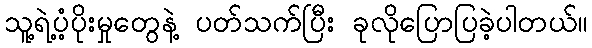
သူ့ရဲ့ပံ့ပိုးမှုတွေနဲ့ ပတ်သက်ပြီး ခုလိုပြောပြခဲ့ပါတယ်။